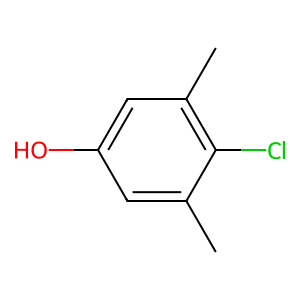
SMILES: Cc1cc(O)cc(C)c1Cl
Inhibits HIV replication: No